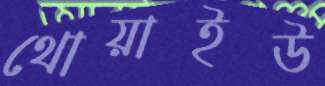
থোয়াইউ